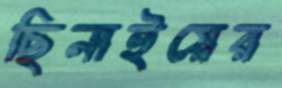
ছিনাইয়ের